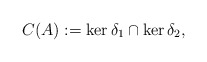
\begin{align*}C(A) := \ker \delta_1 \cap \ker \delta_2,\end{align*}